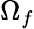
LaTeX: \Omega_{f}